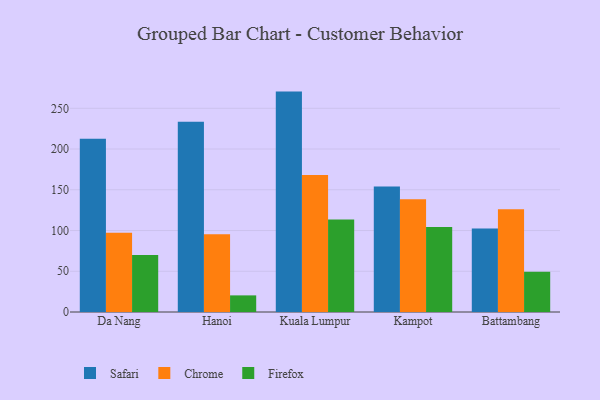
{"axis": {"x": "City", "y": "Market Share (%)"}, "legend": ["Chrome", "Firefox", "Safari"], "data": [{"x": "Da Nang", "y": 212.5, "type": "Safari"}, {"x": "Da Nang", "y": 97.3, "type": "Chrome"}, {"x": "Da Nang", "y": 70.0, "type": "Firefox"}, {"x": "Hanoi", "y": 233.4, "type": "Safari"}, {"x": "Hanoi", "y": 95.3, "type": "Chrome"}, {"x": "Hanoi", "y": 20.4, "type": "Firefox"}, {"x": "Kuala Lumpur", "y": 270.5, "type": "Safari"}, {"x": "Kuala Lumpur", "y": 168.0, "type": "Chrome"}, {"x": "Kuala Lumpur", "y": 113.6, "type": "Firefox"}, {"x": "Kampot", "y": 153.9, "type": "Safari"}, {"x": "Kampot", "y": 138.3, "type": "Chrome"}, {"x": "Kampot", "y": 104.3, "type": "Firefox"}, {"x": "Battambang", "y": 102.5, "type": "Safari"}, {"x": "Battambang", "y": 126.1, "type": "Chrome"}, {"x": "Battambang", "y": 49.3, "type": "Firefox"}]}